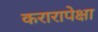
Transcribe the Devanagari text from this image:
करारापेक्षा